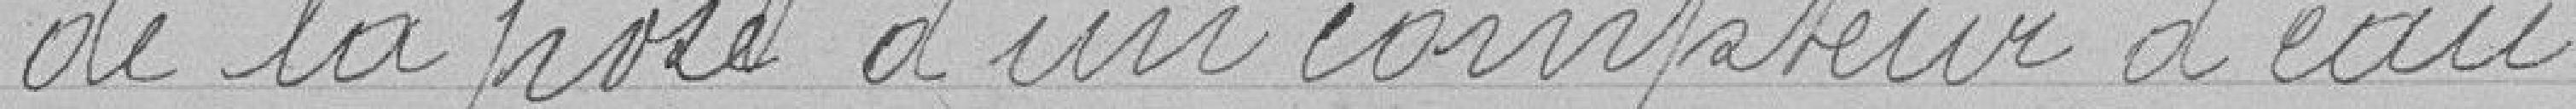
de la pose d'un compteur d'eau.